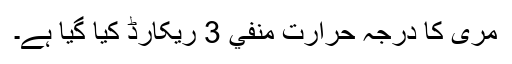
مری کا درجہ حرارت منفي 3 ريکارڈ کیا گیا ہے۔